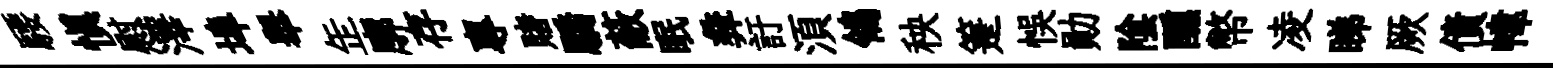
騕慎慰澤埠舉𦈢廓存專賭驕蔽眠彜訏湏鴒秧箑悞勛隂醺幣凌睇厥債幃